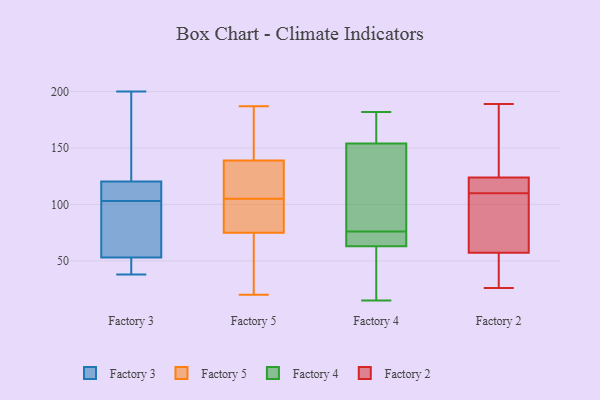
{"axis": {"x": "Waste Production (Tons)", "y": "Value"}, "legend": ["Factory 2", "Factory 3", "Factory 4", "Factory 5"], "data": [{"x": "", "y": 38, "type": "Factory 3"}, {"x": "", "y": 116, "type": "Factory 3"}, {"x": "", "y": 200, "type": "Factory 3"}, {"x": "", "y": 103, "type": "Factory 3"}, {"x": "", "y": 53, "type": "Factory 3"}, {"x": "", "y": 61, "type": "Factory 3"}, {"x": "", "y": 46, "type": "Factory 3"}, {"x": "", "y": 70, "type": "Factory 3"}, {"x": "", "y": 186, "type": "Factory 3"}, {"x": "", "y": 53, "type": "Factory 3"}, {"x": "", "y": 104, "type": "Factory 3"}, {"x": "", "y": 104, "type": "Factory 3"}, {"x": "", "y": 133, "type": "Factory 3"}, {"x": "", "y": 92, "type": "Factory 5"}, {"x": "", "y": 35, "type": "Factory 5"}, {"x": "", "y": 90, "type": "Factory 5"}, {"x": "", "y": 187, "type": "Factory 5"}, {"x": "", "y": 73, "type": "Factory 5"}, {"x": "", "y": 96, "type": "Factory 5"}, {"x": "", "y": 154, "type": "Factory 5"}, {"x": "", "y": 115, "type": "Factory 5"}, {"x": "", "y": 183, "type": "Factory 5"}, {"x": "", "y": 20, "type": "Factory 5"}, {"x": "", "y": 179, "type": "Factory 5"}, {"x": "", "y": 181, "type": "Factory 5"}, {"x": "", "y": 109, "type": "Factory 5"}, {"x": "", "y": 26, "type": "Factory 5"}, {"x": "", "y": 101, "type": "Factory 5"}, {"x": "", "y": 124, "type": "Factory 5"}, {"x": "", "y": 38, "type": "Factory 5"}, {"x": "", "y": 124, "type": "Factory 5"}, {"x": "", "y": 111, "type": "Factory 5"}, {"x": "", "y": 77, "type": "Factory 5"}, {"x": "", "y": 130, "type": "Factory 4"}, {"x": "", "y": 75, "type": "Factory 4"}, {"x": "", "y": 179, "type": "Factory 4"}, {"x": "", "y": 66, "type": "Factory 4"}, {"x": "", "y": 56, "type": "Factory 4"}, {"x": "", "y": 182, "type": "Factory 4"}, {"x": "", "y": 154, "type": "Factory 4"}, {"x": "", "y": 21, "type": "Factory 4"}, {"x": "", "y": 15, "type": "Factory 4"}, {"x": "", "y": 174, "type": "Factory 4"}, {"x": "", "y": 123, "type": "Factory 4"}, {"x": "", "y": 168, "type": "Factory 4"}, {"x": "", "y": 63, "type": "Factory 4"}, {"x": "", "y": 154, "type": "Factory 4"}, {"x": "", "y": 25, "type": "Factory 4"}, {"x": "", "y": 64, "type": "Factory 4"}, {"x": "", "y": 69, "type": "Factory 4"}, {"x": "", "y": 77, "type": "Factory 4"}, {"x": "", "y": 26, "type": "Factory 2"}, {"x": "", "y": 110, "type": "Factory 2"}, {"x": "", "y": 126, "type": "Factory 2"}, {"x": "", "y": 101, "type": "Factory 2"}, {"x": "", "y": 64, "type": "Factory 2"}, {"x": "", "y": 55, "type": "Factory 2"}, {"x": "", "y": 152, "type": "Factory 2"}, {"x": "", "y": 31, "type": "Factory 2"}, {"x": "", "y": 112, "type": "Factory 2"}, {"x": "", "y": 95, "type": "Factory 2"}, {"x": "", "y": 118, "type": "Factory 2"}, {"x": "", "y": 27, "type": "Factory 2"}, {"x": "", "y": 118, "type": "Factory 2"}, {"x": "", "y": 133, "type": "Factory 2"}, {"x": "", "y": 36, "type": "Factory 2"}, {"x": "", "y": 189, "type": "Factory 2"}, {"x": "", "y": 171, "type": "Factory 2"}, {"x": "", "y": 100, "type": "Factory 2"}, {"x": "", "y": 114, "type": "Factory 2"}]}